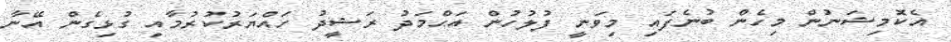
އެކޮމިޝަނުން މިހެން ބުނެފައި މިވަނީ ފުލުހުން އަޙްމަދު ރަޝީދު ހައްޔަރުކުރުމާއި ގުޅިގެން އޭނާ